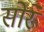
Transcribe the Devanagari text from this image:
सोरे